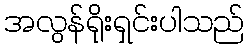
အလွန်ရိုးရှင်းပါသည်